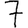
Digit: 7